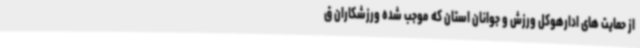
از حمایت های ادارهوکل ورزش و جوانان استان که موجب شده ورزشکاران ق